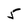
Character: 5